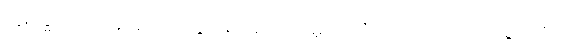
ပဋိဝိဒ္ဓါ၊ [၀၁] (နိ၊ ၃) ထိုးထွင်း၍ သိတော်မူအပ်ပြီ။ [ဤသို့ ကောင်းစွာ ထိုး၍